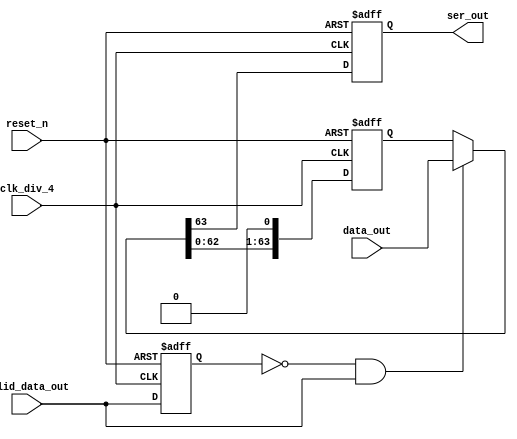
/*
	Student Name - Amritpal Singh, Rezaur Rahman
	File Creation Date - 05/07/2015
	File name - SerOutputCtrlr
	Class - CSCI 660 Intro to VLSI, Final project, NYIT
	Last Updated - 05/07/2015
*/

module SerOutputCtrlr (clk_div_4, reset_n, data_out, valid_data_out, ser_out);

input clk_div_4;
input reset_n;
input [63:0] data_out;
input valid_data_out;
output ser_out;

reg [63:0] shiftreg_dout;
reg prev_valid_data_out;

reg ser_out;

initial
begin
	ser_out = 0;
	prev_valid_data_out = 0;
end


always @ (posedge clk_div_4 or negedge reset_n)
begin : SETDOUTPUT
	if (!reset_n) begin
		ser_out <= 0;
		shiftreg_dout <= 0;
		prev_valid_data_out <= 0;
	end
	else begin
		// set shift register value to data to be outputed 
		if ((prev_valid_data_out == 0) && (valid_data_out != 0)) begin
			shiftreg_dout = data_out;
		end
		prev_valid_data_out = valid_data_out;
		ser_out = shiftreg_dout[63];
		shiftreg_dout <= { shiftreg_dout[62:0], 1'b0 };
	end
end

endmodule